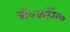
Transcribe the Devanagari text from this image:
बी०कॉम०